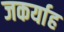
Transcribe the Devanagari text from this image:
जकर्याह